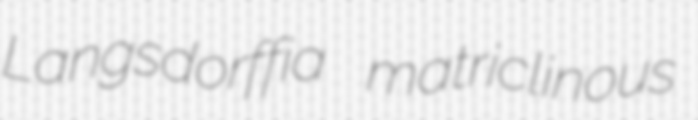
Langsdorffia matriclinous